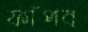
ফাঁপব